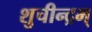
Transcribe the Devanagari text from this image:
शुचीन्द्रम्